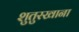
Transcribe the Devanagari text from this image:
शुतुरखाना